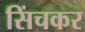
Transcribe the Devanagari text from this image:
सिंचकर